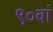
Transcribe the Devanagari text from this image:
९०वां